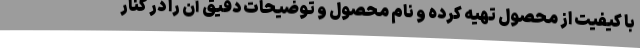
با کیفیت از محصول تهیه کرده و نام محصول و توضیحات دقیق آن را در کنار